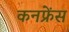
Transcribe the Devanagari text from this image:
कनफ्रेंस